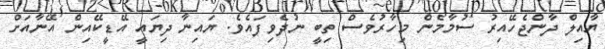
ޔާއިލް ދާންޖެހޭއިރު ސުމާމެން މިހާރުވެސް ތިބީ ނުދެވިފައެވެ. ޔައިނާ ދިޔައީ އޭޑީކޭއިން އޭނާއަށް